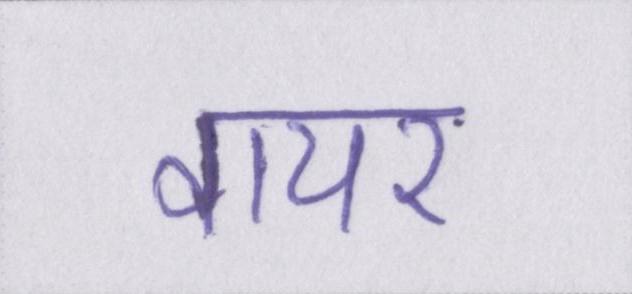
वायर